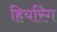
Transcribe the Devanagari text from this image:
हियरिंग